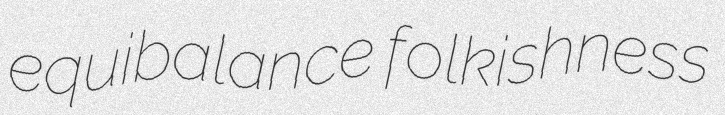
equibalance folkishness